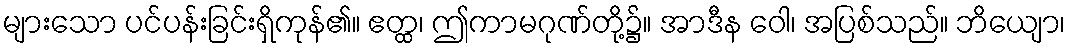
များသော ပင်ပန်းခြင်းရှိကုန်၏။ ဧတ္ထ၊ ဤကာမဂုဏ်တို့၌။ အာဒီန ဝေါ၊ အပြစ်သည်။ ဘိယျော၊